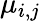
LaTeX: \mu_{i,j}